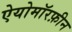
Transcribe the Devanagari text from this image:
ऐयोमॉरफ़ीन